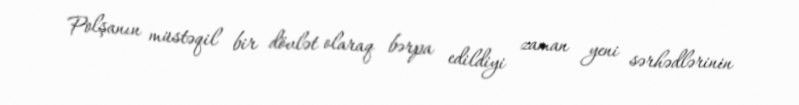
Polşanın müstəqil bir dövlət olaraq bərpa edildiyi zaman yeni sərhədlərinin